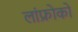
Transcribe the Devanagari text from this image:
लांफ्रोको